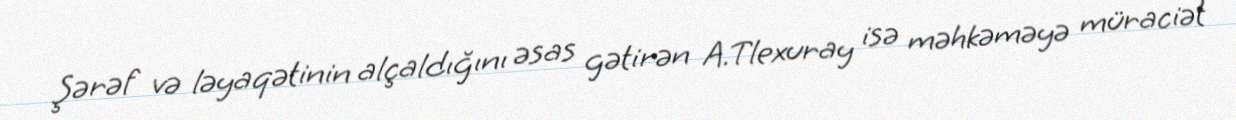
Şərəf və ləyaqətinin alçaldığını əsas gətirən A.Tlexuray isə məhkəməyə müraciət